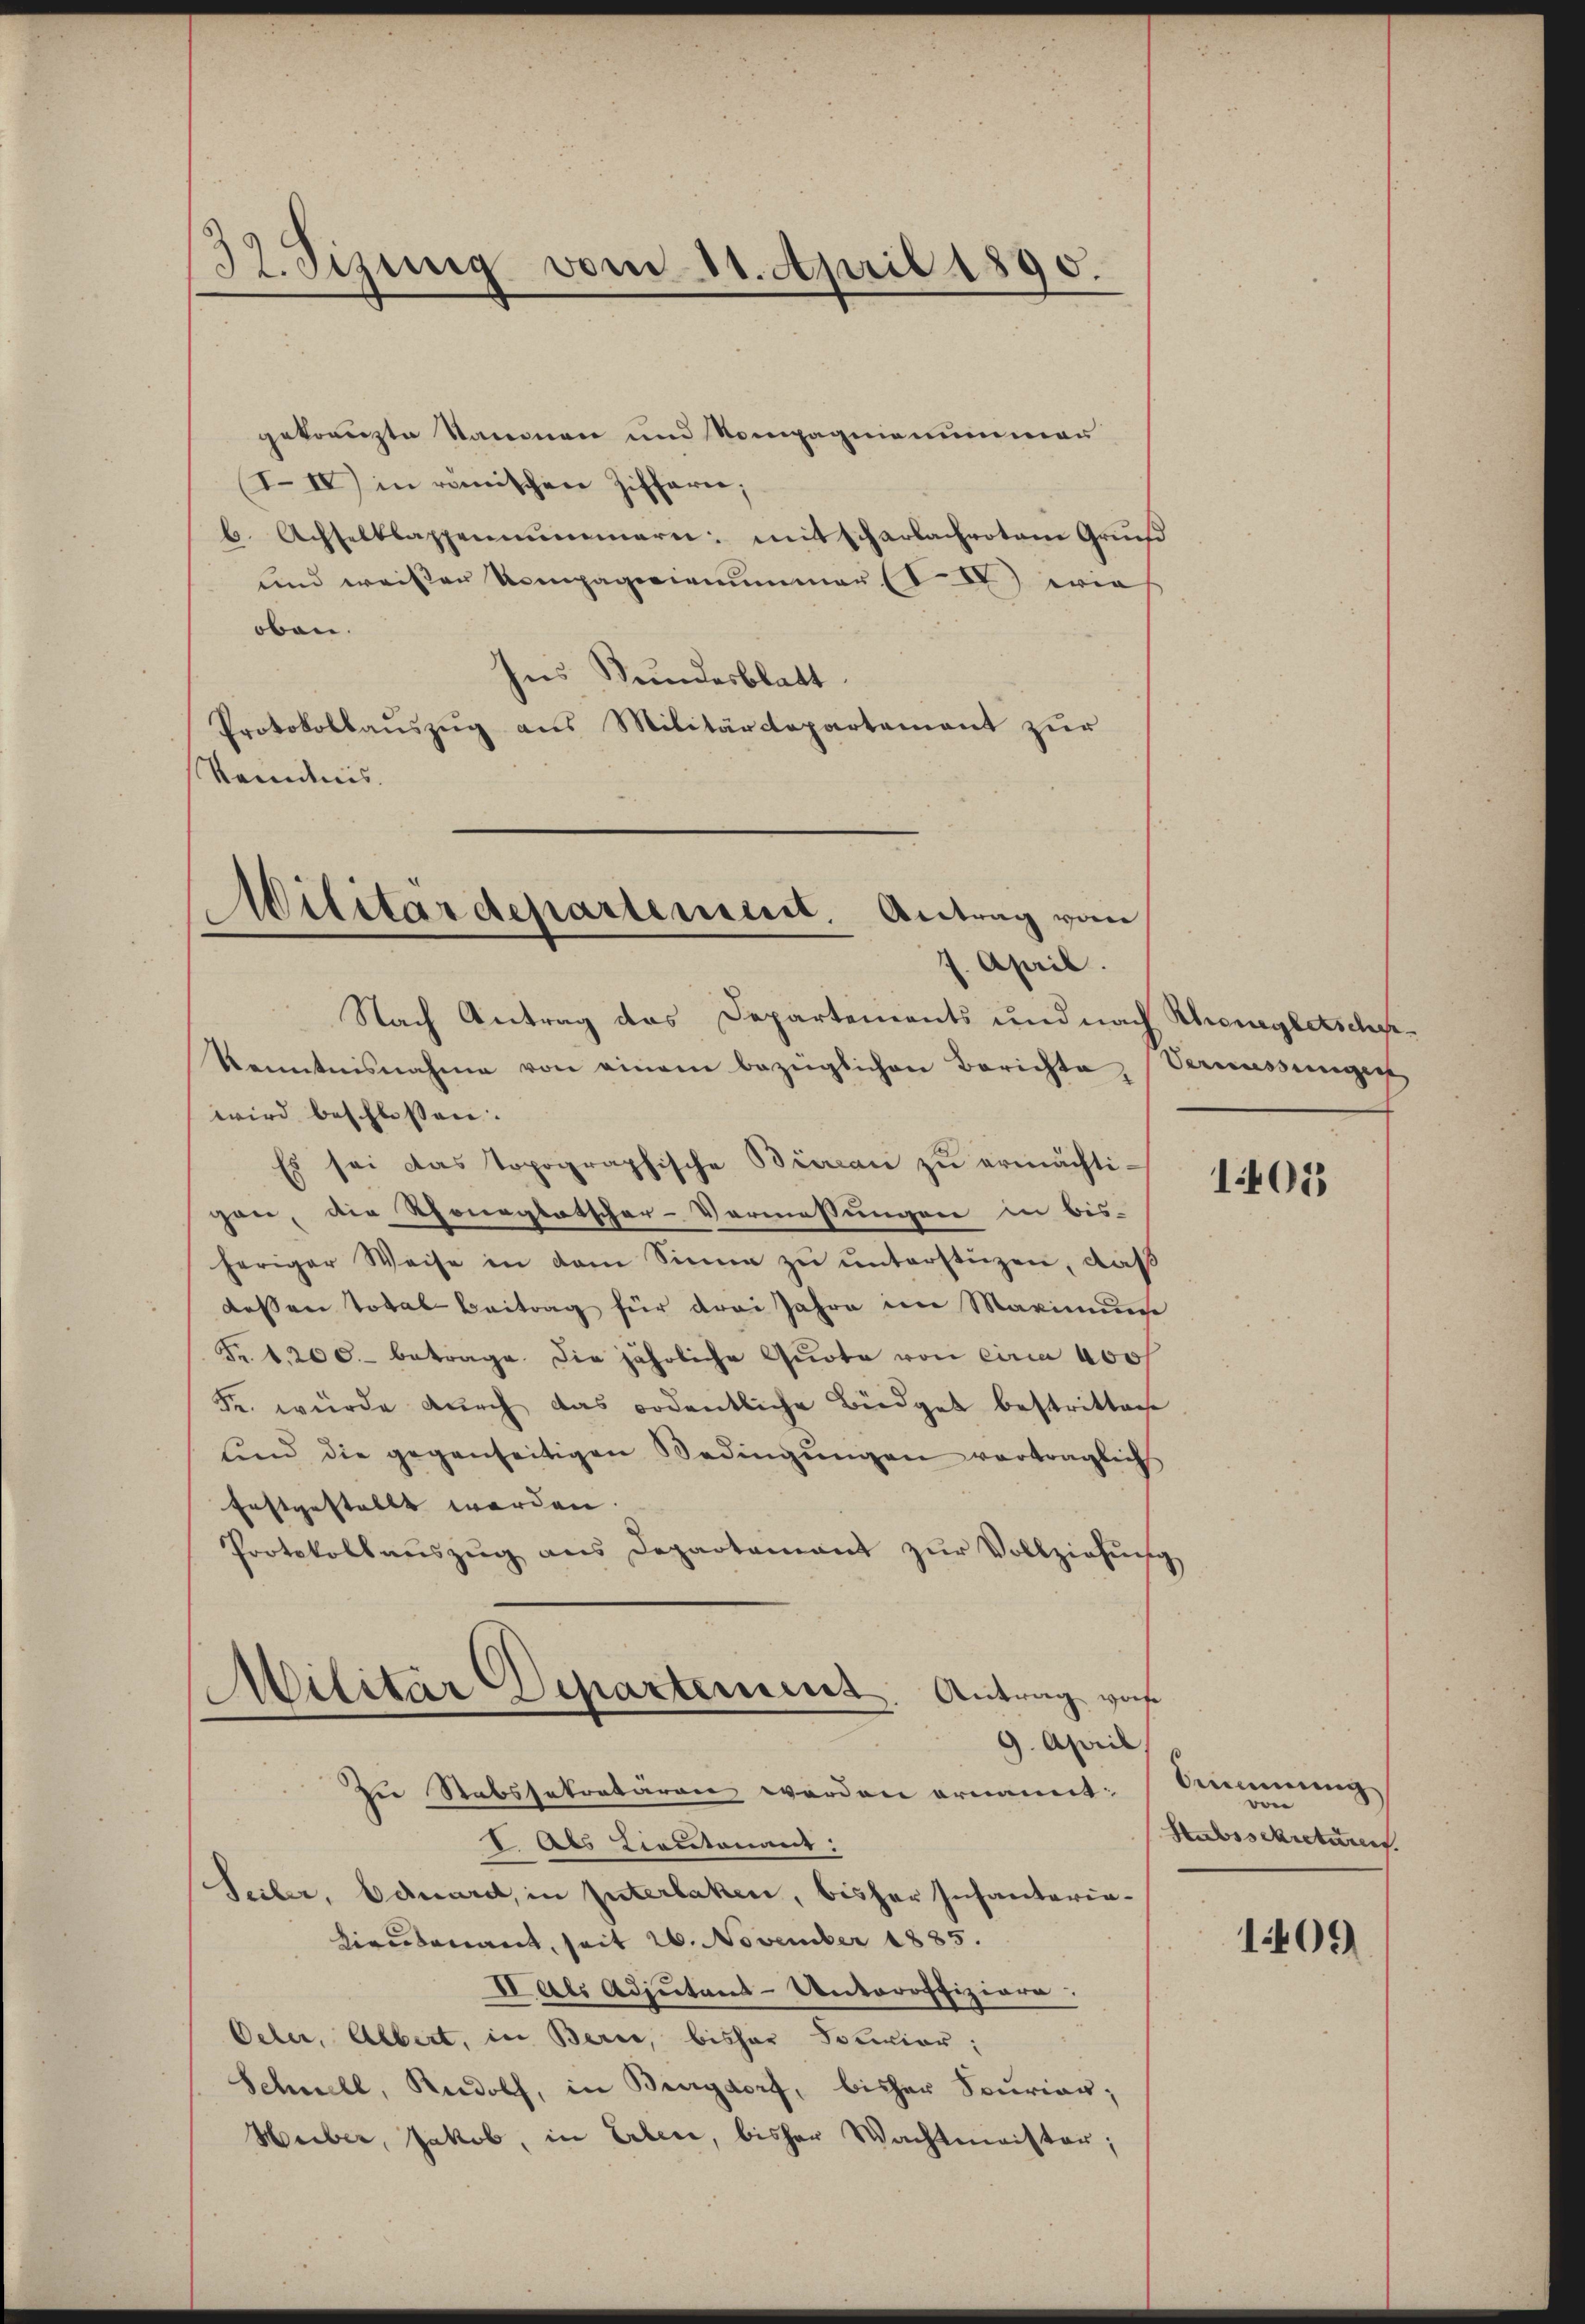
132. Sizung vom 11. April 1890.

gekompte Stanonen und Kompagnianummer
I.IV) in römischen Zifferne;
b. Achselklappennimmern mit scharlachrotem Grun
und weißen Kompagnianummer (VIV) wies
oben.
Ins Bundesblatt.
Protokollaŭszŭg ans Militärdepartement zur
Keidnis.

Nach Antrag das Departements und nach Rhongletschkenntnisnahme von einem bezüglichen Berichte Verwassŭngen
wird beschlossen.
Es sei das topographische Bieran zŭ ermächtigan, die Thonaglatscher-Vermessungen in bis-
heriger Weise in dem Sinne zŭ ŭnterstüzen, daß
dessen Total Beitrag für drei Jahre im Marinum
Fr. 1. 200. betrage. Die jährliche Quote von circa 400f
Fr. würde dŭrch das ordentliche Büdget bestritten
und die gegenseitigen Bedingŭngen vertraglich
festgestellt werden.
Protokoll aŭszŭg ans Departamant zŭr Vollziehŭng
Militar Departement. Antrag vor
9. April,
Die Stabssekretären werden ornamit:
Als Lieutenaus:
Seiler, bauard, in Interlaken, bisher Infanteria¬
Liedenant, seit 20. November 1885.
Vals Adjutant-Unteroffiziere:
Oeler, Albert, in Berne, bisher Socier,
Schnell, Rudolf, in Burgdorf, bisher Spurian;
Huber, Jakob, in Erben, bisher Wachtmeister;

Militärdepartement. Antrag vom
7. April.

105

Amenung
Bon
Subiscretären.

1409